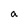
Character: a